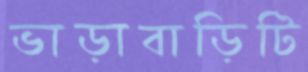
ভাড়াবাড়িটি